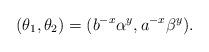
LaTeX: \begin{align*} (\theta_1,\theta_2)=(b^{-x}\alpha^y,a^{-x}\beta^y) .\end{align*}